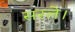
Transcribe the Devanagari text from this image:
सरले।